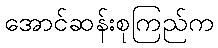
အောင်ဆန်းစုကြည်က